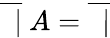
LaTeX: {\overline{{\ \ |}}}\ A={\overline{{\ \ |}}}